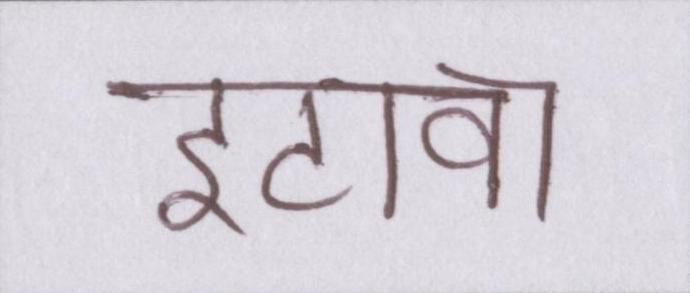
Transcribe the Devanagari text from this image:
इटावा